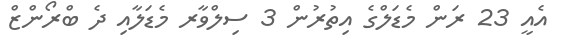
އެއީ 23 ރަން މެޑަލްގެ އިތުރުން 3 ސިލްވާރ މެޑަލާއި ދެ ބްރޯންޒް